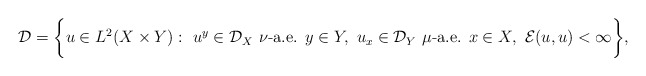
\begin{align*}\mathcal D=\bigg\{ u\in L^2(X\times Y):\ u^y\in \mathcal D_X\ \nu\textrm{-a.e. }y\in Y,\ u_x\in \mathcal D_Y\ \mu\textrm{-a.e. }x\in X,\ \mathcal E(u,u)<\infty \bigg\},\end{align*}